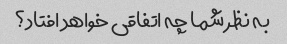
به نظر شما چه اتفاقی خواهد افتاد؟